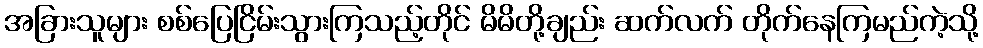
အခြားသူများ စစ်ပြေငြိမ်းသွားကြသည့်တိုင် မိမိတို့ချည်း ဆက်လက် တိုက်နေကြမည်ကဲ့သို့